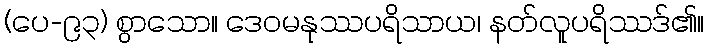
(ပေ-၉၃) စွာသော။ ဒေဝမနုဿပရိသာယ၊ နတ်လူပရိဿဒ်၏။